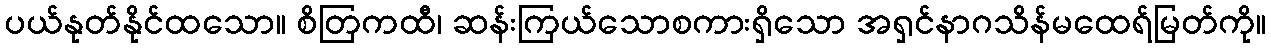
ပယ်နုတ်နိုင်ထသော။ စိတြကထီ၊ ဆန်းကြယ်သောစကားရှိသော အရှင်နာဂသိန်မထေရ်မြတ်ကို။